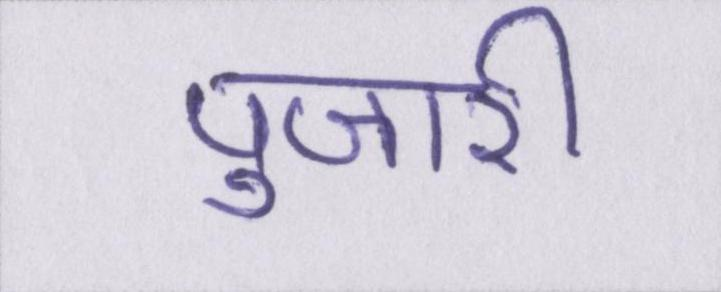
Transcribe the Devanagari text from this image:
पुजारी